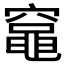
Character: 𫁘